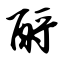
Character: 酹